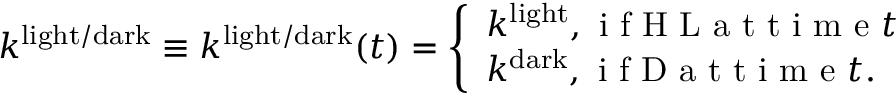
\begin{array} { r } { k ^ { \mathrm { l i g h t / d a r k } } \equiv k ^ { \mathrm { l i g h t / d a r k } } ( t ) = \left\{ \begin{array} { l l } { k ^ { \mathrm { l i g h t } } , \mathrm { ~ i ~ f ~ H ~ L ~ a ~ t ~ t ~ i ~ m ~ e ~ } t } \\ { k ^ { \mathrm { d a r k } } , \mathrm { ~ i ~ f ~ D ~ a ~ t ~ t ~ i ~ m ~ e ~ } t . } \end{array} \right. } \end{array}